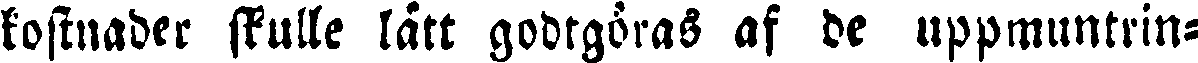
kostnader skulle lätt godtgöras af de uppmuntrin-